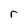
Character: r